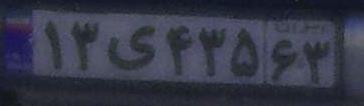
۱۳ی۴۳۵۶۳